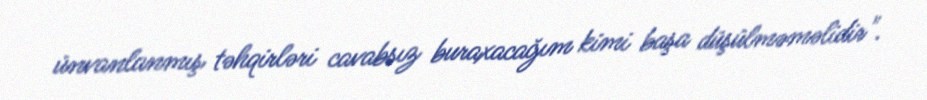
ünvanlanmış təhqirləri cavabsız buraxacağım kimi başa düşülməməlidir".